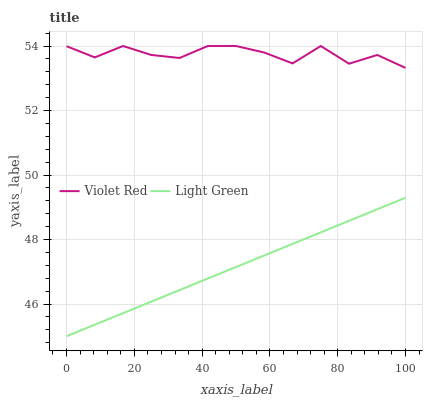
| xaxis_label | Violet Red | Light Green |
 | --- | --- | --- |
 | 0 | 54 | 45 |
 | 8.33 | 53.6 | 45.4 |
 | 16.7 | 54 | 45.7 |
 | 25 | 53.7 | 46.1 |
 | 33.3 | 53.6 | 46.4 |
 | 41.7 | 54 | 46.8 |
 | 50 | 54 | 47.1 |
 | 58.3 | 53.8 | 47.5 |
 | 66.7 | 53.5 | 47.9 |
 | 75 | 54 | 48.2 |
 | 83.3 | 53.5 | 48.6 |
 | 91.7 | 53.7 | 48.9 |
 | 100 | 53.3 | 49.3 |